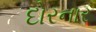
દોરનાર